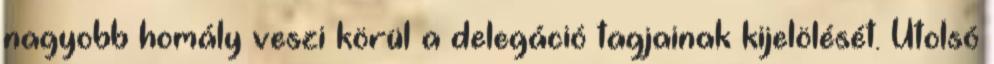
nagyobb homály veszi körül a delegáció tagjainak kijelölését. Utolsó